画像に写った文字を読んでください
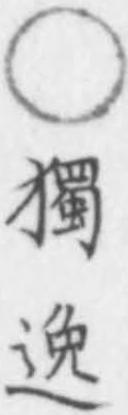
「○獨逸」と書いてあります